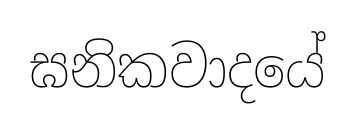
ඝනිකවාදයේ